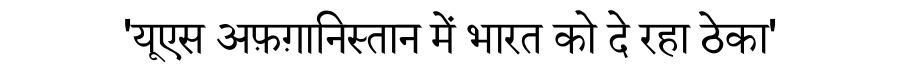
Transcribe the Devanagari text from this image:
'यूएस अफ़ग़ानिस्तान में भारत को दे रहा ठेका'